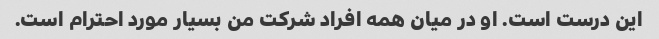
این درست است. او در میان همه افراد شرکت من بسیار مورد احترام است.